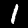
Label: 1